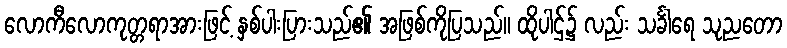
လောကီလောကုတ္တရာအားဖြင့် နှစ်ပါးပြားသည်၏ အဖြစ်ကိုပြသည်။ ထိုပါဌ်၌ လည်း သင်္ခါရေ သုညတော